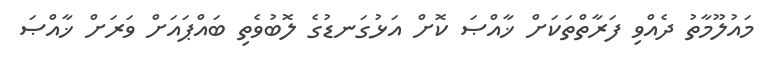
މައުލޫމާތު ދެއްވި ފަރާތްތަކަށް ޚާއްޞަ ކޮށް އަޅުގަނޑުގެ ލޮބުވެތި ބައްޕައަށް ވަރަށް ޚާއްޞަ